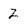
Character: 2